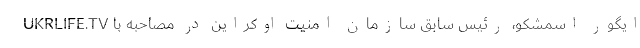
ایگور اسمشکو، رئیس سابق سازمان امنیت اوکراین در مصاحبه با UKRLIFE.TV